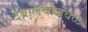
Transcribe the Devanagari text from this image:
देवालयाजवळ